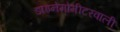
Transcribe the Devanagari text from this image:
डाइनेमोमीटरवाली